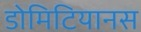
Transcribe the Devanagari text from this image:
डोमिटियानस